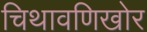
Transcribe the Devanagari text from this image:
चिथावणिखोर